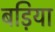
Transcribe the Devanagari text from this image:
बड़िया